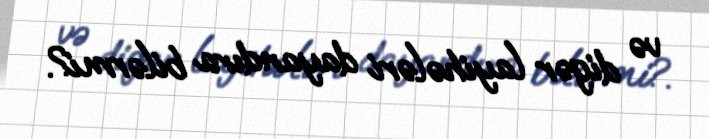
və digər layihələri dayandıra bilərmi?.